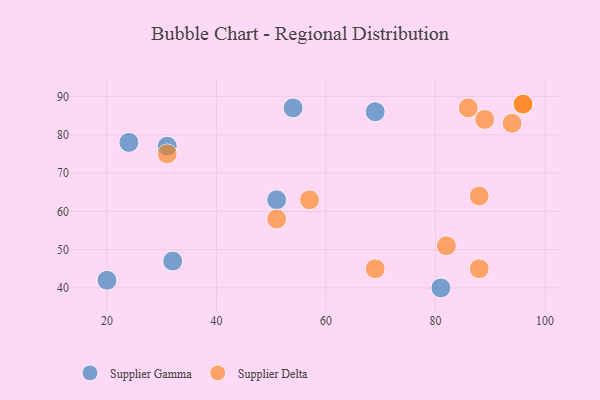
{"axis": {"x": "GDP", "y": "Life Expectancy"}, "legend": ["Supplier Delta", "Supplier Gamma"], "data": [{"x": "24", "y": 78, "type": "Supplier Gamma"}, {"x": "31", "y": 77, "type": "Supplier Gamma"}, {"x": "54", "y": 87, "type": "Supplier Gamma"}, {"x": "51", "y": 63, "type": "Supplier Gamma"}, {"x": "32", "y": 47, "type": "Supplier Gamma"}, {"x": "81", "y": 40, "type": "Supplier Gamma"}, {"x": "20", "y": 42, "type": "Supplier Gamma"}, {"x": "69", "y": 86, "type": "Supplier Gamma"}, {"x": "88", "y": 64, "type": "Supplier Delta"}, {"x": "57", "y": 63, "type": "Supplier Delta"}, {"x": "96", "y": 88, "type": "Supplier Delta"}, {"x": "69", "y": 45, "type": "Supplier Delta"}, {"x": "82", "y": 51, "type": "Supplier Delta"}, {"x": "51", "y": 58, "type": "Supplier Delta"}, {"x": "96", "y": 88, "type": "Supplier Delta"}, {"x": "88", "y": 45, "type": "Supplier Delta"}, {"x": "31", "y": 75, "type": "Supplier Delta"}, {"x": "86", "y": 87, "type": "Supplier Delta"}, {"x": "89", "y": 84, "type": "Supplier Delta"}, {"x": "94", "y": 83, "type": "Supplier Delta"}]}